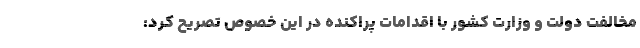
مخالفت دولت و وزارت کشور با اقدامات پراکنده در این خصوص تصریح کرد: